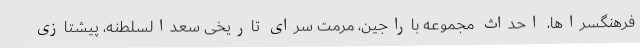
فرهنگسراها، احداث مجموعه باراجین، مرمت سرای تاریخی سعدالسلطنه، پیشتازی